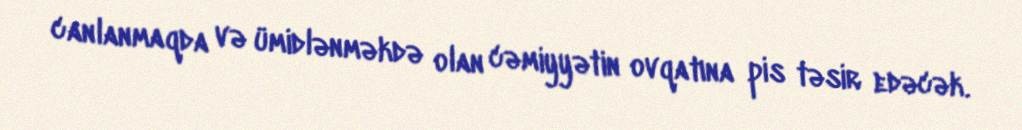
canlanmaqda və ümidlənməkdə olan cəmiyyətin ovqatına pis təsir edəcək.